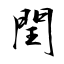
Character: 閏